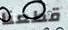
قطعنا